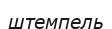
штемпель